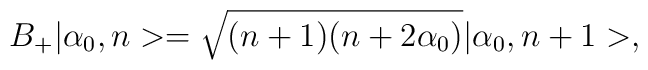
B_{+} |\alpha_{0},n>=\sqrt{(n+1)(n+2\alpha_{0})}|\alpha_{0},n+1>,